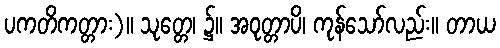
ပကတိကတ္တား)။ သုတ္တေ၊ ၌။ အဝုတ္တာပိ၊ ကုန်သော်လည်း။ တာယ